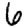
Digit: 6